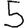
Digit: 5